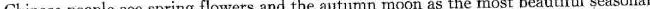
Chinese people see spring flowers and the autumn moon as the most beautiful seasonal